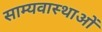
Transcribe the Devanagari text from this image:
साम्यवास्थाओं